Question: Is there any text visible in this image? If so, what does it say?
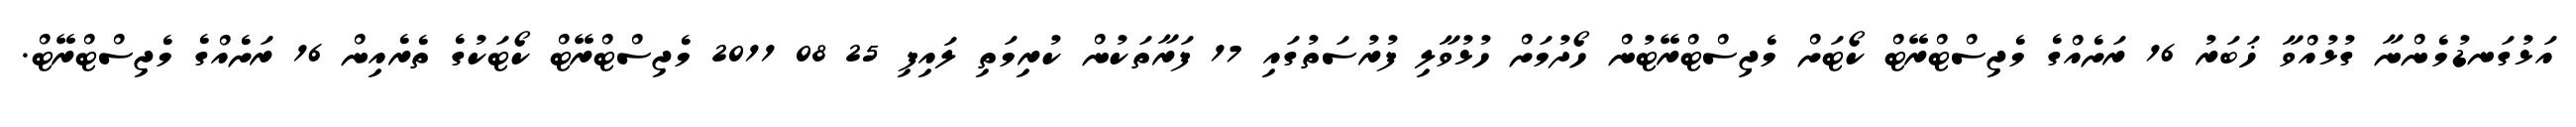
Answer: އަޅުގަނޑުމެންނާ ގުޅުއްވާ ޚަބަރު 16 ރަށެއްގެ މެޖިސްޓްރޭޓް ކޯޓަށް މެޖިސްޓްރޭޓުން ހޯދުމަށް ހުޅުވާލި ފުރުސަތުގައި 17 ފަރާތަކުން ކުރިމަތި ލައިފި 25 08 2011 މެޖިސްޓްރޭޓް ކޯޓަކުގެ ތެރެއިން 16 ރަށެއްގެ މެޖިސްޓްރޭޓް.